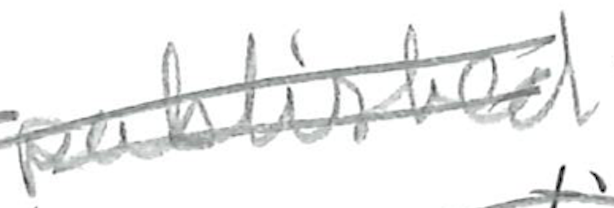
Text: published
Cross-out: mix
Writing tool: pencil